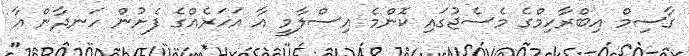
ގާސިމް އިބްރާހިމްގެ މެސެޖުގައި ކޮންމެ އިސްލާމީ އާ އަހަރެއްގެ ފެށުން ހަނދާން އާ